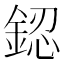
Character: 𨧟